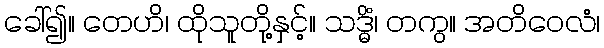
ခေါ်၍။ တေဟိ၊ ထိုသူတို့နှင့်။ သဒ္ဓိံ၊ တကွ။ အတိဝေလံ၊